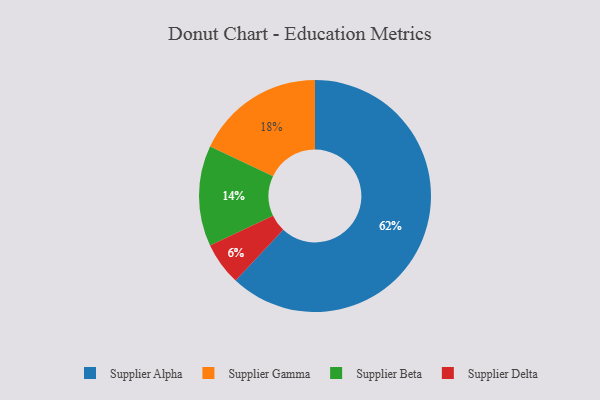
{"axis": {"x": "Category", "y": "Percentage"}, "legend": ["Supplier Alpha", "Supplier Beta", "Supplier Delta", "Supplier Gamma"], "data": [{"x": "Supplier Delta", "y": 6, "type": "Supplier Delta"}, {"x": "Supplier Beta", "y": 14, "type": "Supplier Beta"}, {"x": "Supplier Alpha", "y": 62, "type": "Supplier Alpha"}, {"x": "Supplier Gamma", "y": 18, "type": "Supplier Gamma"}]}